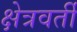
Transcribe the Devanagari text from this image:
क्षेत्रवर्ती